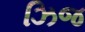
ઝિજ